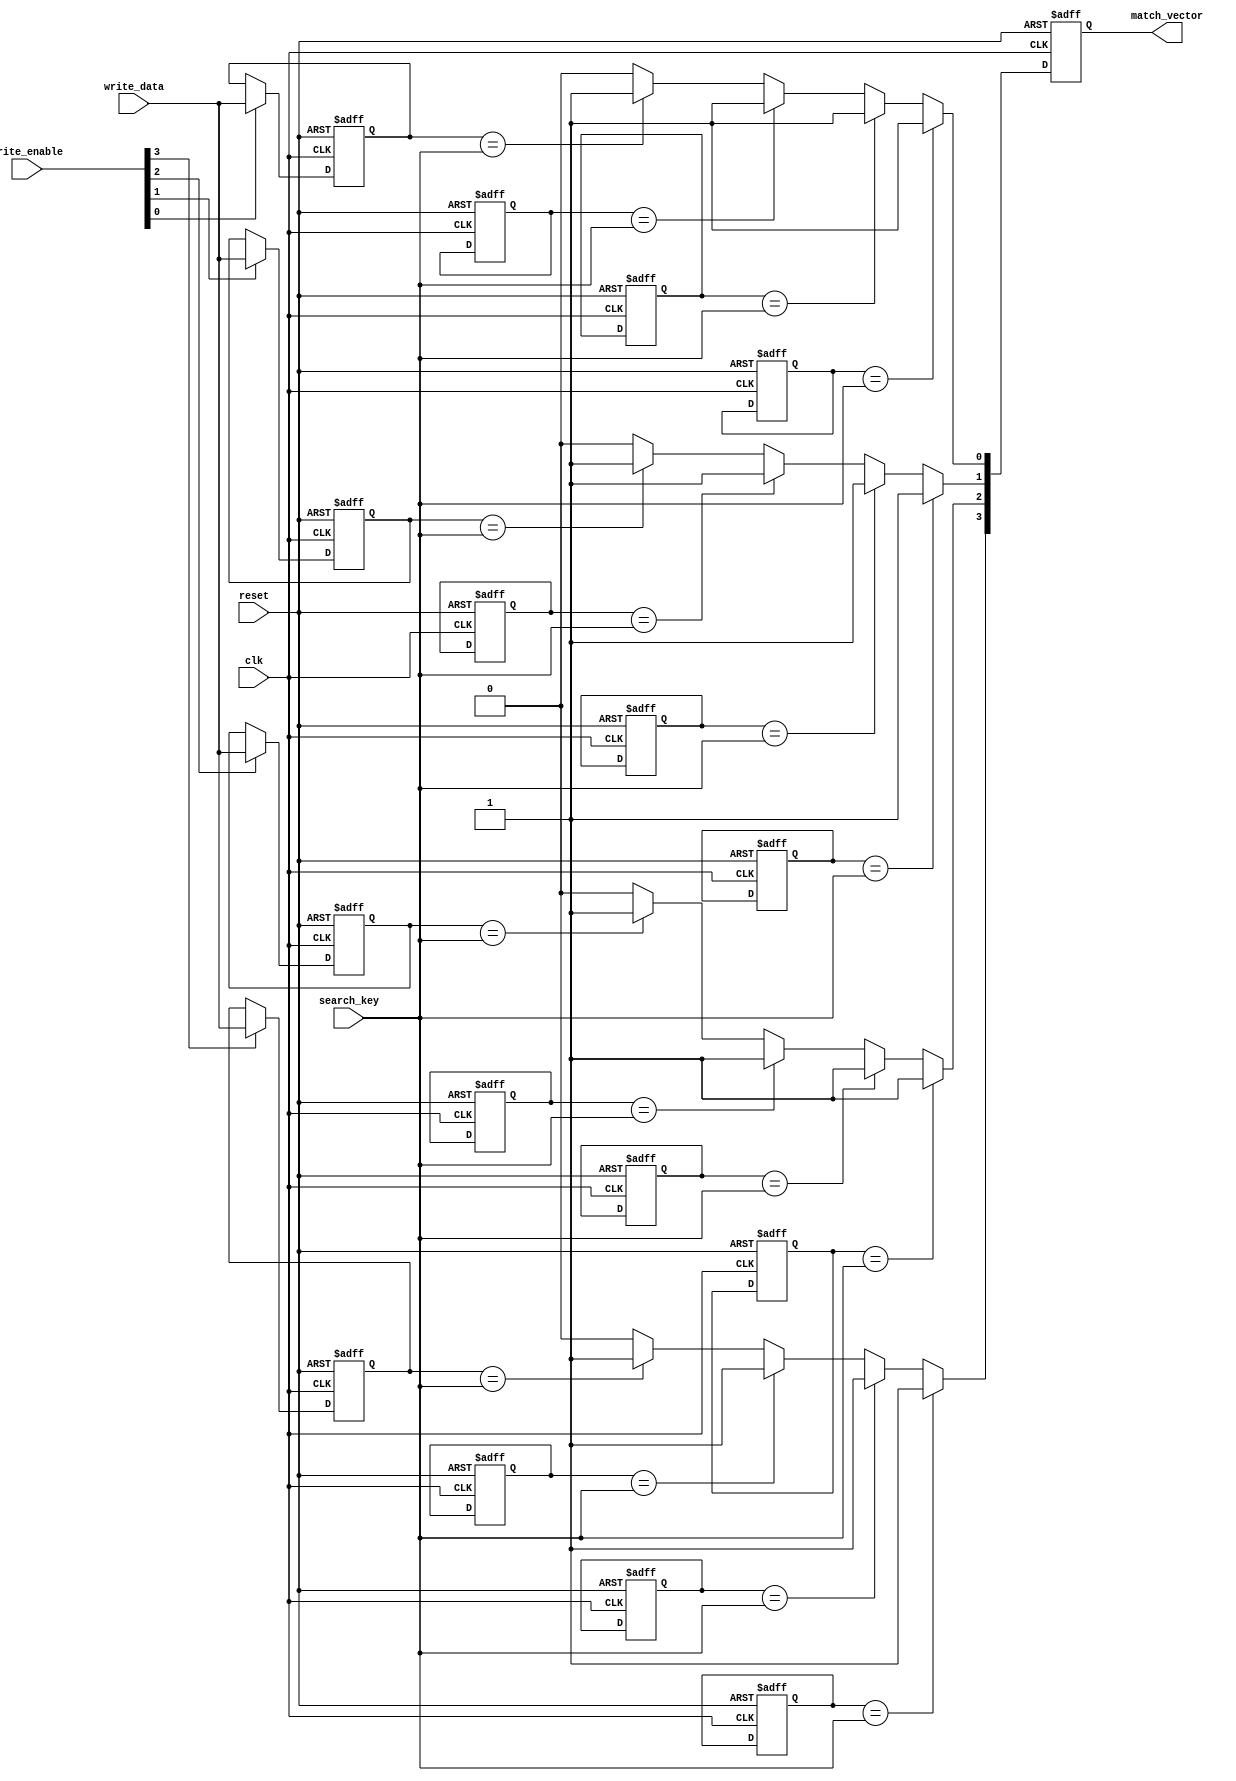
module row_based_cam #(
    parameter DATA_WIDTH = 8,  // Width of data entries
    parameter NUM_ROWS = 4,     // Number of rows in CAM
    parameter ENTRIES_PER_ROW = 4 // Number of entries per row
) (
    input wire clk,                  // Clock signal
    input wire reset,                // Reset signal
    input wire [DATA_WIDTH-1:0] search_key, // Key to search for
    input wire [DATA_WIDTH-1:0] write_data, // Data to write
    input wire [NUM_ROWS-1:0] write_enable, // Write enable for each row
    output reg [NUM_ROWS-1:0] match_vector // Match output for each row
);

    // Memory storage for each row
    reg [DATA_WIDTH-1:0] cam_memory[NUM_ROWS-1:0][ENTRIES_PER_ROW-1:0];

    // Initialization and Reset
    integer i, j;
    always @(posedge clk or posedge reset) begin
        if (reset) begin
            // Clear CAM memory on reset
            for (i = 0; i < NUM_ROWS; i = i + 1) begin
                for (j = 0; j < ENTRIES_PER_ROW; j = j + 1) begin
                    cam_memory[i][j] <= {DATA_WIDTH{1'b0}};
                end
            end
            match_vector <= {NUM_ROWS{1'b0}}; // Clear match vector
        end else begin
            // Write data to CAM
            for (i = 0; i < NUM_ROWS; i = i + 1) begin
                if (write_enable[i]) begin
                    cam_memory[i][0] <= write_data; // Example: Always write to the first entry
                end
            end
            
            // Search Logic
            match_vector <= {NUM_ROWS{1'b0}}; // Reset match vector
            for (i = 0; i < NUM_ROWS; i = i + 1) begin
                for (j = 0; j < ENTRIES_PER_ROW; j = j + 1) begin
                    if (cam_memory[i][j] == search_key) begin
                        match_vector[i] <= 1'b1; // Set match for the row if a match is found
                    end
                end
            end
        end
    end

endmodule